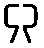
၄၃